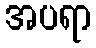
အပရာ